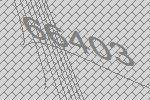
66403